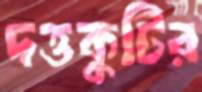
দত্তকুটির